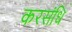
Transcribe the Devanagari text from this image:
करसंधि